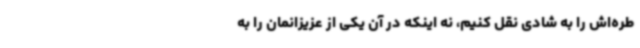
طره‌اش را به شادی نقل کنیم، نه اینکه در آن یکی از عزیزانمان را به